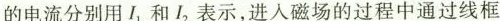
的电流分别用l_{1}和I_{2}表示，进入磁场的过程中通过线框